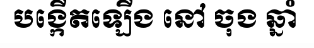
បង្កើតឡើង នៅ ចុង ឆ្នាំ